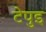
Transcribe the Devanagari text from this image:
टेपुइ